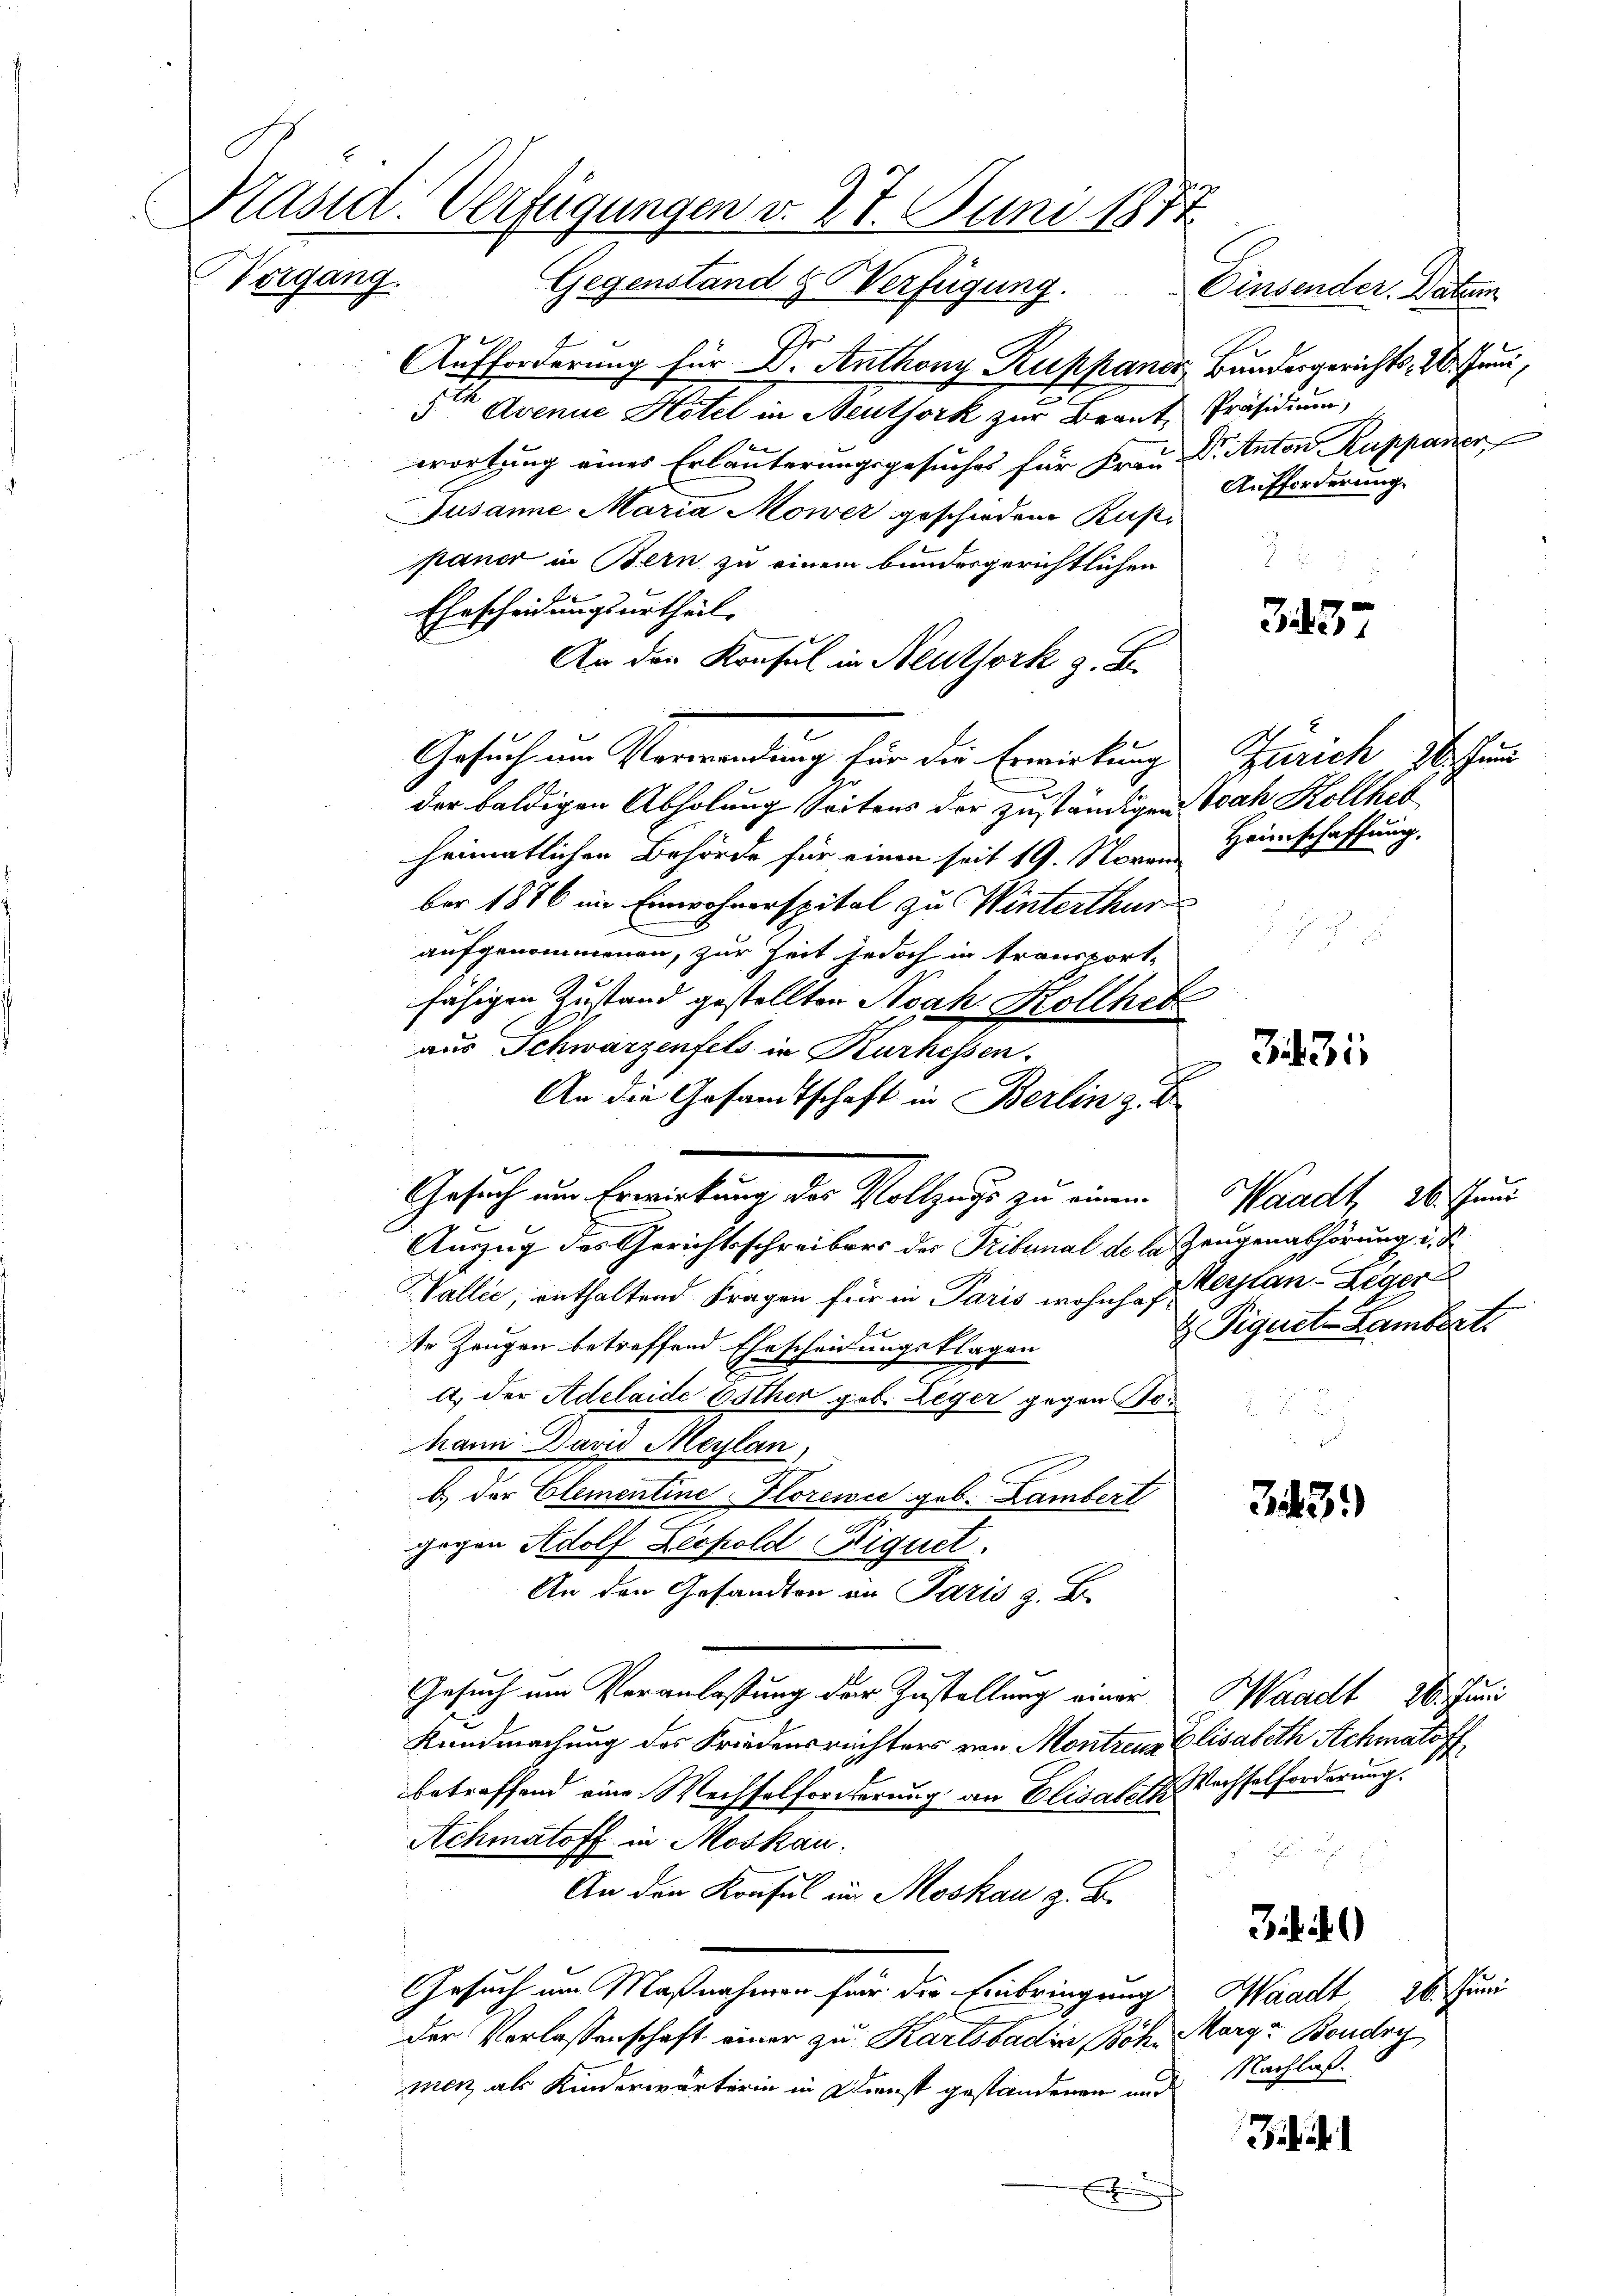
E

Präsid. Verfügungen v. 27. Juni 1874
Vorgang. Gegenstand & Verfügung.
Einsender. Datum

Aufforderung für Dr. Anthony Ruppaner Bundergerichts, 26. Juni,
5te Avenue Hotel in Neuthork zur Beant, Präsidium,
b
wortung eines Erläuterungsgesuches für Frau Dr. Anton Kuppenzer
Jusanne Maria Mower geschiedene Ruspaner in Bern zu einem bundesgerichtlichen
Ehescheidungsurtheil.
An den Konsul in Neuthork z. B.
Gesuch um Verrandung für die Erwirkung Zürich beschen
der baldigen Abholung Seitens der zuständigen Ioah Kollhel
heimatlichen Behörde für einen seit 19. Noven Heimschaffung,
ber 1876 im Einwohnerspital zu Winterthur
aufgenommenen, zur Zeit jedoch in transport-
2.
fähigen Zustand gestellten Nah. Kollher
aus Schwarzenfels in Kurhessen.
An die Gesandtschaft in Berlin z. B
Auszug des Gerichtsschreibers der Tribunal de la Zeugenabhörung d. d.
Wallis, enthaltend Fragen für in Paris wohnh. J. erstan-Leger
te Zeugen betreffend Ehrscheidungsklagen
a.) der Adelaide Esther geb. Leger gegen For
Mann David Meylan,
b.) der Elementine Florence geb. Lambert
.
gegen Adolf Leopold Ereignet.
An den Gesandten in Paris z. B.
Gesuch um Veranlassung der Zustellung einer Waadt 26. Juni
Kundmachung des Friedensrechters von Montreux Elisabeth Achmato f
betreffend eine Wechselforderung an Elisabeth Wechselforderung.
Achmatoff in Moskau

An den Konsul in Moskau z. B.
Gesuch um Maßnahmen für die Einbringung Waadt 26. Juni
der Verlassenschaft einer zu Karlsbaden Bohn Marga Boudry
men, als Kinderwärterin in Dienst gestandenen und Nachlaßx

Gesuch um Erwirkung der Vollzugs zu einem Waadt, Wund

Aufforderung.

347

3431.

Pignete Lambert.

343.

d

34)

i